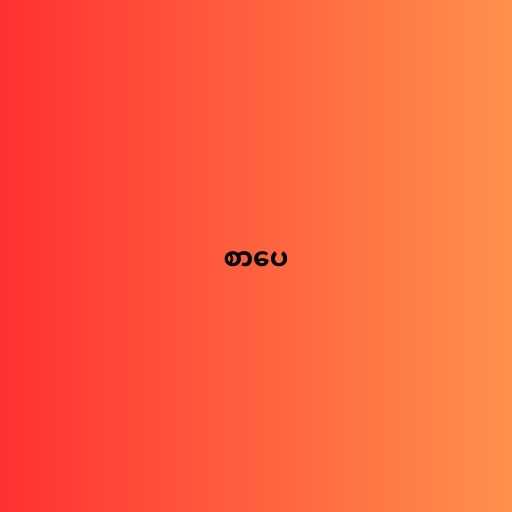
စာပေ